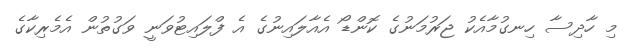
މި ހާދިސާ ހިނގުމާއެކު ޖަރުމަނުގެ ކޮންޑޯ އެއާލައިނުގެ އެ ފްލައިޓުވަނީ ވަގުތުން އެމެރިކާގެ